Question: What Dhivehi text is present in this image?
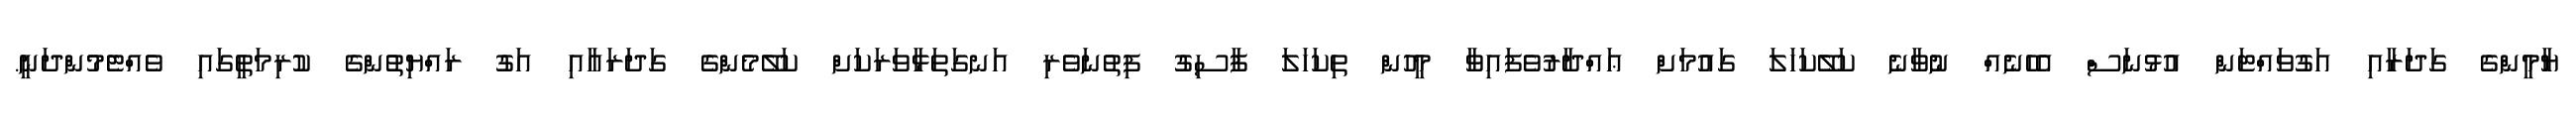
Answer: ޔާމީންގެ ގަދަރާއި އަގުވައްޓަން އުޅުނަސް އެހެނެއް ނުވާނެ ކަލޭކަހަލަ ގައުމަށް ޢައްދާރުވެފައިވާ މީހުން ތިކަހަލަ ފާސިގު ފިތުނަވެރި އަނގަތަޅާވަރަކަށް ކަލޭމެންގެ ގަދަރައާއި އަގު ރައްޔިތުންގެ ކުރިމަތީގައި ވެއްޓެމުންދަނީ.